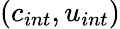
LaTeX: (c_{int},u_{int})